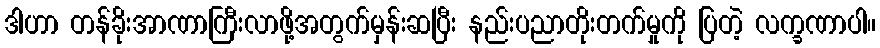
ဒါဟာ တန်ခိုးအာဏာကြီးလာဖို့အတွက်မှန်းဆပြီး နည်းပညာတိုးတက်မှုကို ပြတဲ့ လက္ခဏာပါ။